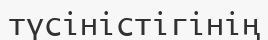
түсіністігінің